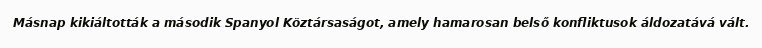
Másnap kikiáltották a második Spanyol Köztársaságot, amely hamarosan belső konfliktusok áldozatává vált.